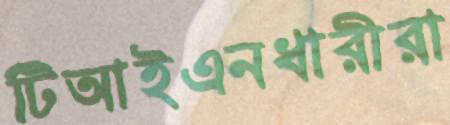
টিআইএনধারীরা